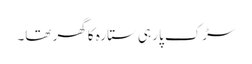
سڑک پار ہی ستارہ کا گھر تھا۔